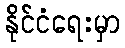
နိုင်ငံရေးမှာ